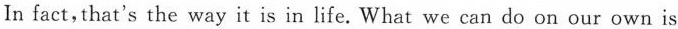
In fact，that's the way it is in life. What we can do on our own is